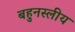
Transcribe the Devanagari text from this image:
बहुनस्लीय